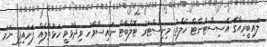
ލައިބީރިއާގެ އެސިސްޓެންޓް ހެލްތު މިނިސްޓަރު ޓޮލްބާޓް ނައިސްވާހު ވިދާޅުވީ ހަޅުތާލެއް ފަށައިފި ނަމަ